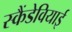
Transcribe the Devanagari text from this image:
स्कैंडेवियाई